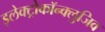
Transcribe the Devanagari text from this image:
इलेक्ट्रोकॉन्क्लुजिव